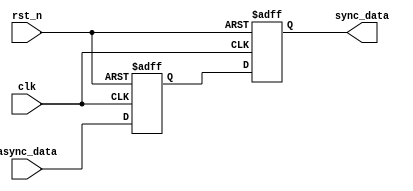
module master_slave_synchronizer (
    input wire clk,          // Clock signal
    input wire rst_n,       // Active low reset signal
    input wire async_data,   // Asynchronous input data
    output reg sync_data     // Synchronized output data
);

    // Internal signals for master flip-flop output
    reg master_ff;

    // Master Flip-Flop: captures async_data on the falling edge of clk
    always @(negedge clk or negedge rst_n) begin
        if (!rst_n) begin
            master_ff <= 1'b0; // Reset master flip-flop
        end else begin
            master_ff <= async_data; // Capture async_data
        end
    end

    // Slave Flip-Flop: captures master_ff on the rising edge of clk
    always @(posedge clk or negedge rst_n) begin
        if (!rst_n) begin
            sync_data <= 1'b0; // Reset synchronized output
        end else begin
            sync_data <= master_ff; // Capture master output
        end
    end

endmodule